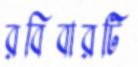
রবিবারটি